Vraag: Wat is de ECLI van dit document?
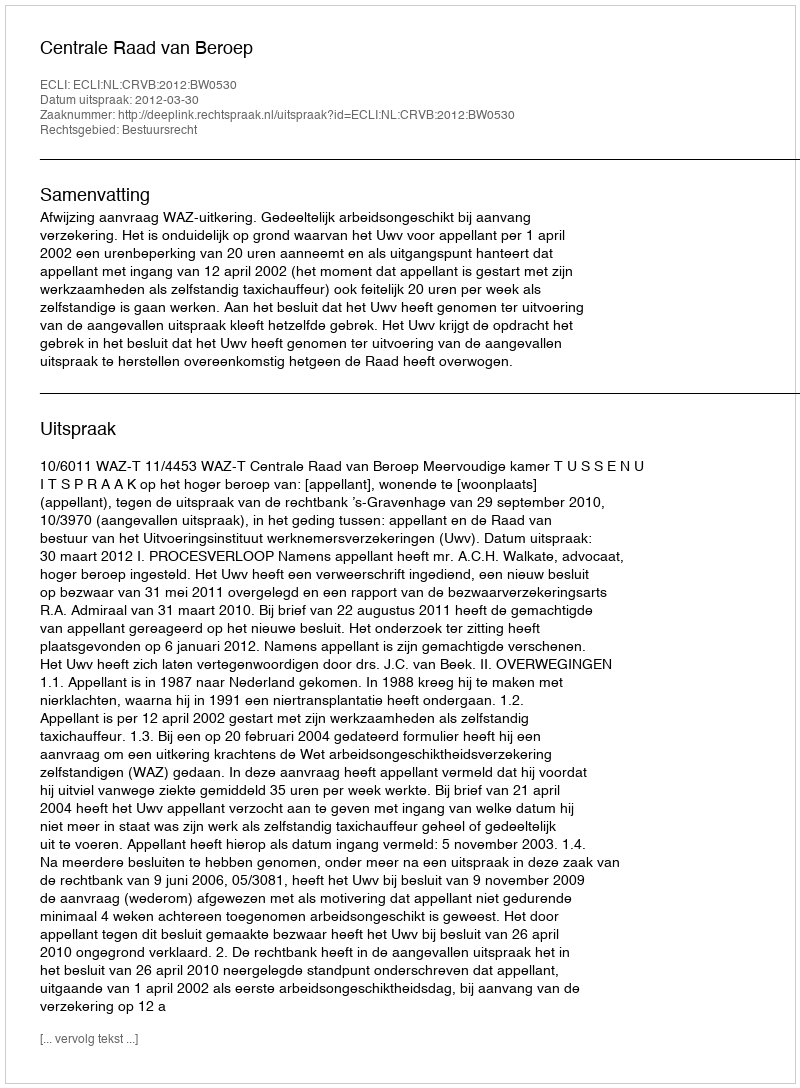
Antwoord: ECLI:NL:CRVB:2012:BW0530